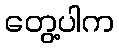
တွေ့ပါက